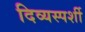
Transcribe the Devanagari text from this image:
दिव्यस्पर्शी